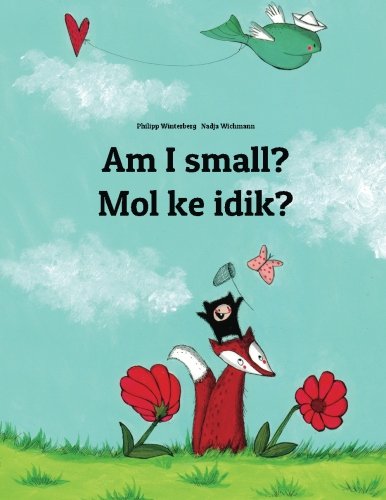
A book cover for Am I small? Mol ke idik?: Children's Picture Book English-Marshallese (Dual Language/Bilingual Edition); Philipp Winterberg; Children's Books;